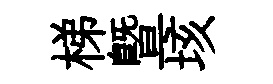
梯曁垓